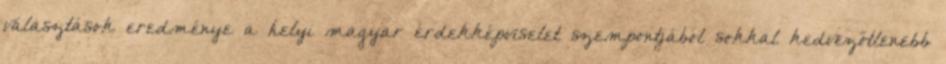
választások eredménye a helyi magyar érdekképviselet szempontjából sokkal kedvezőtlenebb